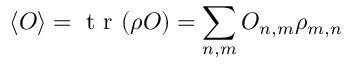
\langle O \rangle = \mathrm { ~ t ~ r ~ } ( \rho O ) = \sum _ { n , m } O _ { n , m } \rho _ { m , n }